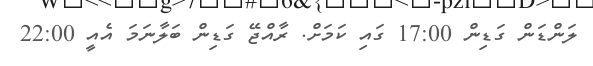
ލަންޑަން ގަޑިން 17:00 ގައި ކަމަށް. ރާއްޖޭ ގަޑިން ބަލާނަމަ އެއީ 22:00